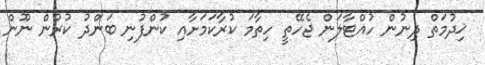
ޚިދުމަތް ދިނުން ހުއްޓާލަން ޖެހޭތީ ހިތާމަ ކުރާކަމަށާއި ކުންފުނި ބަންދު ކުރުން ނޫން